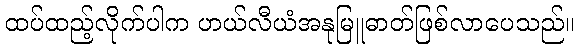
ထပ်ထည့်လိုက်ပါက ဟယ်လီယံအနုမြူဓာတ်ဖြစ်လာပေသည်။